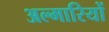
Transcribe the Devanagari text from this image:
अल्मारियों